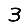
Digit: 3